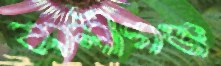
কালীগঞ্জ